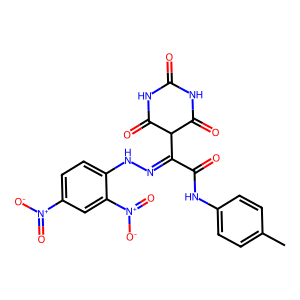
SMILES: Cc1ccc(NC(=O)C(=NNc2ccc([N+](=O)[O-])cc2[N+](=O)[O-])C2C(=O)NC(=O)NC2=O)cc1
Inhibits HIV replication: No